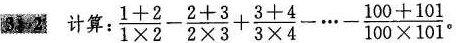
3.2 计算 ：$$\frac{1+2}{1 \times 2}- \frac{2+3}{2 \times 3}+ \frac{3+4}{3 \times 4}- \cdots - \frac{100+101}{100 \times 101}$$ 。